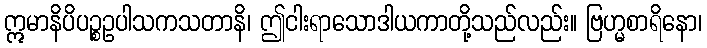
ဣမာနိပိပဉ္စဥပါသကသတာနိ၊ ဤငါးရာသောဒါယကာတို့သည်လည်း။ ဗြဟ္မစာရိနော၊